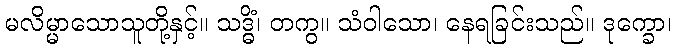
မလိမ္မာသောသူတို့နှင့်။ သဒ္ဓိံ၊ တကွ။ သံဝါသော၊ နေရခြင်းသည်။ ဒုက္ခော၊